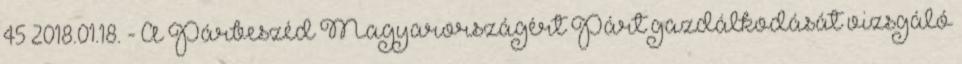
45 2018.01.18. - A Párbeszéd Magyarországért Párt gazdálkodását vizsgáló